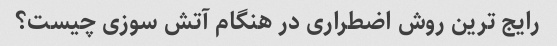
رایج ترین روش اضطراری در هنگام آتش سوزی چیست؟